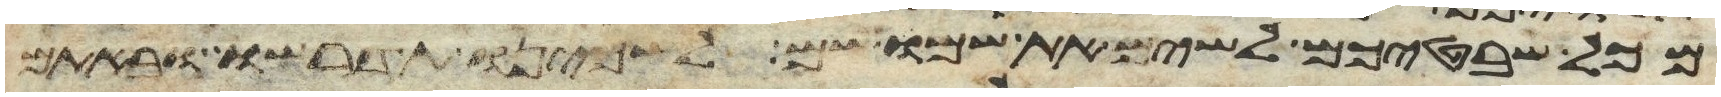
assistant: מכל שבטיכם לשים את שמו שם לשכינו תדרשו ובאתם